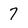
Character: 7